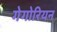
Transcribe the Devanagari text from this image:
गेगोरियन